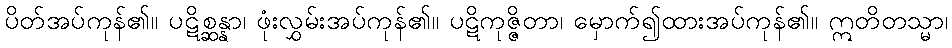
ပိတ်အပ်ကုန်၏။ ပဋိစ္ဆန္နာ၊ ဖုံးလွှမ်းအပ်ကုန်၏။ ပဋိကုဇ္ဇိတာ၊ မှောက်၍ထားအပ်ကုန်၏။ ဣတိတသ္မာ၊